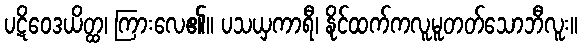
ပဋိဝေဒယိတ္ထ၊ ကြားလေ၏။ ပသယှကာရီ၊ နိုင်ထက်ကလူမူတတ်သောဘီလူး။